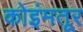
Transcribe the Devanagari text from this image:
कोइंमतूर